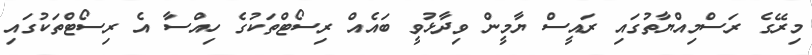
މިރޭގެ ރަސްމިއްޔާތުގައި ރައީސް ޔާމީން ވިދާޅުވީ ބައެއް ރިސޯޓްތަކުގެ ހިއްސާ އެ ރިސޯޓްތަކުގައި